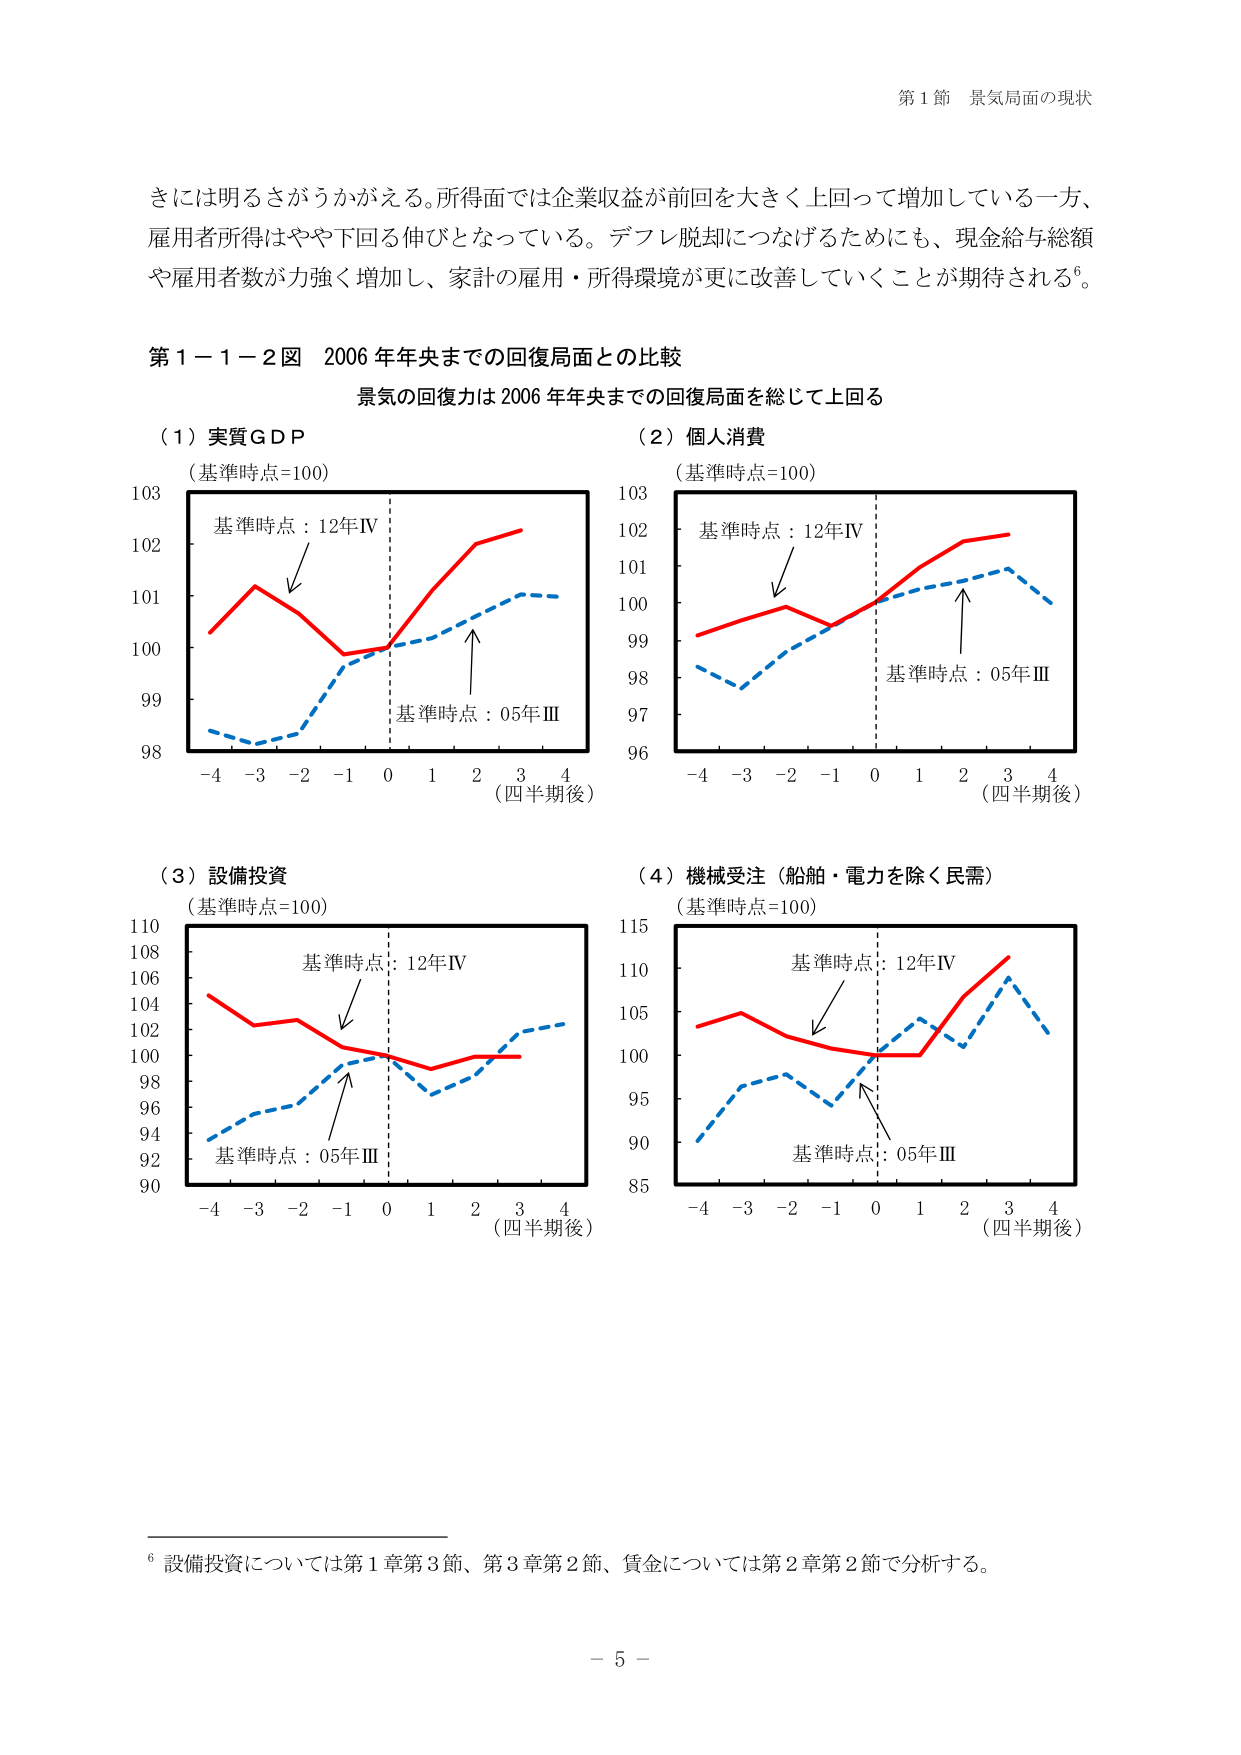
第１節 景気局面の現状

さには明るさがうかがえる。所得面では企業収益が前回を大きく上回って増加している一方、雇用者所得はやや下回る伸びとなっている。デフレ脱却につなげるためにも、現金給与総額や雇用者数が力強く増加し、家計の雇用・所得環境が更に改善していくことが期待される⁶。

第１－１－２図 2006年年央までの回復局面との比較
景気の回復力は2006年年央までの回復局面を総じて上回る

（１）実質ＧＤＰ
（基準時点=100）
基準時点：12年Ⅳ
基準時点：05年Ⅲ
（四半期後）

（２）個人消費
（基準時点=100）
基準時点：12年Ⅳ
基準時点：05年Ⅲ
（四半期後）

（３）設備投資
（基準時点=100）
基準時点：12年Ⅳ
基準時点：05年Ⅲ
（四半期後）

（４）機械受注（船舶・電力を除く民需）
（基準時点=100）
基準時点：12年Ⅳ
基準時点：05年Ⅲ
（四半期後）

⁶ 設備投資については第１章第３節、第３章第２節、賃金については第２章第２節で分析する。

－ 5 －